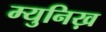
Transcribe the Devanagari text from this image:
म्युनिख़